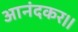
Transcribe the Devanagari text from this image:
आनंदकर।।